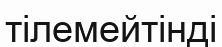
тілемейтінді